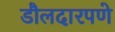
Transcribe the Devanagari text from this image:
डौलदारपणे